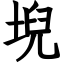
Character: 堄